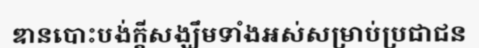
ឌានបោះបង់ក្តីសង្ឃឹមទាំងអស់សម្រាប់ប្រជាជន